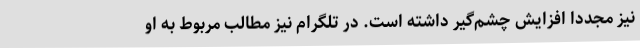
نیز مجددا افزایش چشم‌گیر داشته است. در تلگرام نیز مطالب مربوط به او